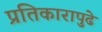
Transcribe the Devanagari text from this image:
प्रतिकारापुढे